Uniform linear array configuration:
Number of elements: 16
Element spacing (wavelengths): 0.5
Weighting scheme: blackman
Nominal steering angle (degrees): -15
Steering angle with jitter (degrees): -13.017
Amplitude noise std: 0.05
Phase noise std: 0.05

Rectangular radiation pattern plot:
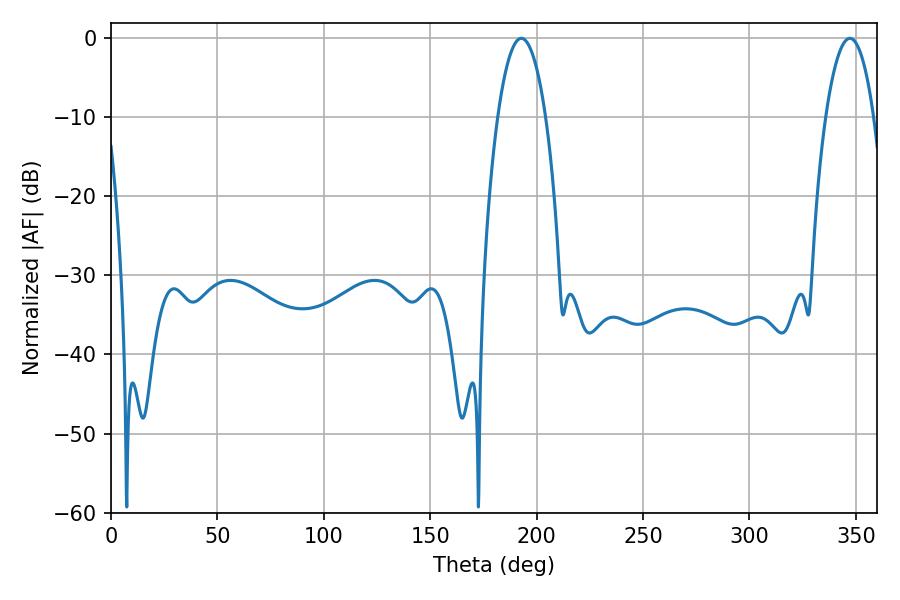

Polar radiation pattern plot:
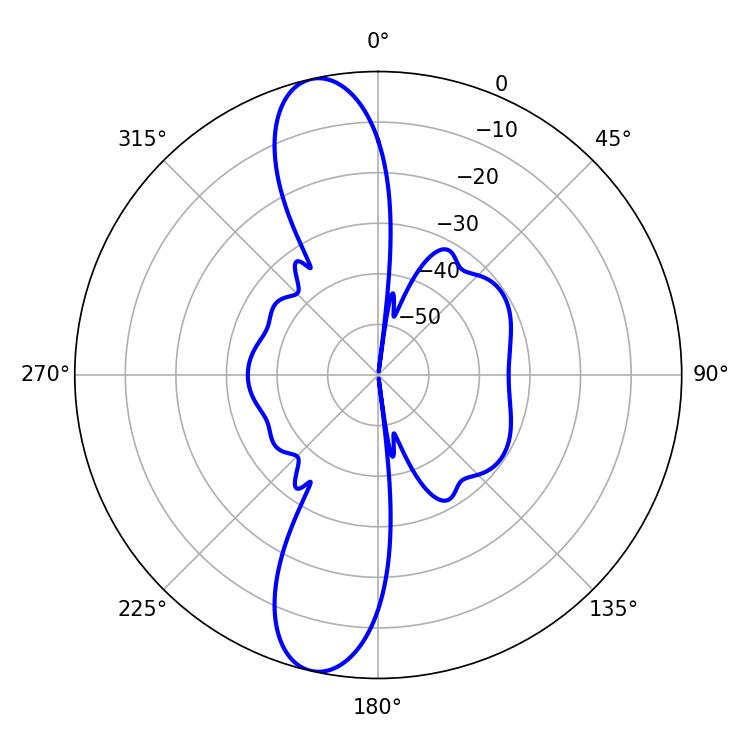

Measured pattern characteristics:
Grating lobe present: FALSE
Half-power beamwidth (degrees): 12.42
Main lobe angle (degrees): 192.78